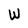
Character: W